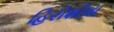
હિરોશીમા